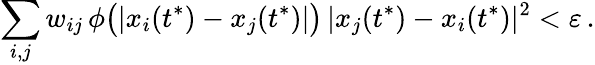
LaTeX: \sum_{i,j}w_{ij}\, \phi\big(|x_{i}(t^{*})-x_{j}(t^{*})|\big)\, |x_{j}(t^{*})-x_{i}(t^{*})|^{2}<\varepsilon\, .